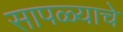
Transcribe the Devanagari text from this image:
सापळ्याचे